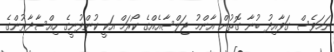
ނަމަވެސް ގަވާއިދު ބުނާ ގޮތުން އާންމު ޖަލްސާއެއްގެ ކޯރަމް އަކީ ކުންފުނީގެ ހިއްސާދާރުންގެ